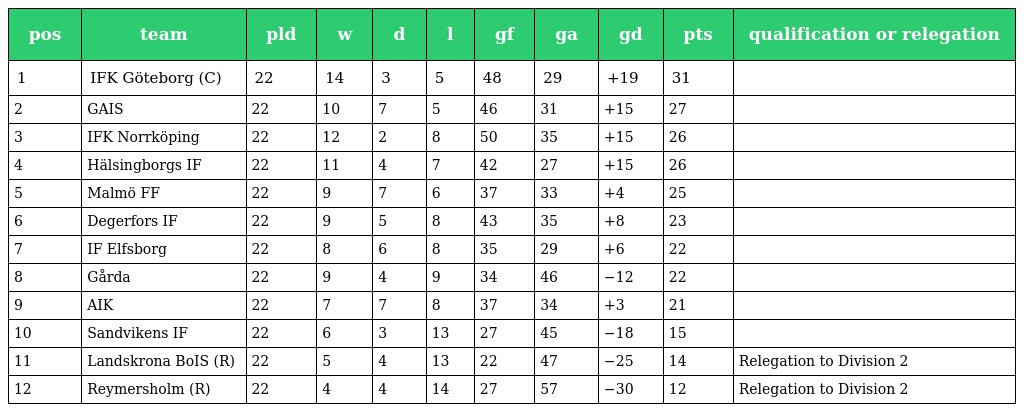
| pos | team | pld | w | d | l | gf | ga | gd | pts | qualification or relegation |
 | --- | --- | --- | --- | --- | --- | --- | --- | --- | --- | --- |
 | 1 | IFK Göteborg (C) | 22 | 14 | 3 | 5 | 48 | 29 | +19 | 31 |  |
 | 2 | GAIS | 22 | 10 | 7 | 5 | 46 | 31 | +15 | 27 |  |
 | 3 | IFK Norrköping | 22 | 12 | 2 | 8 | 50 | 35 | +15 | 26 |  |
 | 4 | Hälsingborgs IF | 22 | 11 | 4 | 7 | 42 | 27 | +15 | 26 |  |
 | 5 | Malmö FF | 22 | 9 | 7 | 6 | 37 | 33 | +4 | 25 |  |
 | 6 | Degerfors IF | 22 | 9 | 5 | 8 | 43 | 35 | +8 | 23 |  |
 | 7 | IF Elfsborg | 22 | 8 | 6 | 8 | 35 | 29 | +6 | 22 |  |
 | 8 | Gårda | 22 | 9 | 4 | 9 | 34 | 46 | −12 | 22 |  |
 | 9 | AIK | 22 | 7 | 7 | 8 | 37 | 34 | +3 | 21 |  |
 | 10 | Sandvikens IF | 22 | 6 | 3 | 13 | 27 | 45 | −18 | 15 |  |
 | 11 | Landskrona BoIS (R) | 22 | 5 | 4 | 13 | 22 | 47 | −25 | 14 | Relegation to Division 2 |
 | 12 | Reymersholm (R) | 22 | 4 | 4 | 14 | 27 | 57 | −30 | 12 | Relegation to Division 2 |